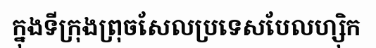
ក្នុងទីក្រុងព្រុចសែលប្រទេសបែលហ្ស៊ិក